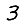
Digit: 3